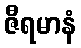
ဇီရမာနံ